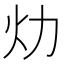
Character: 𱪢